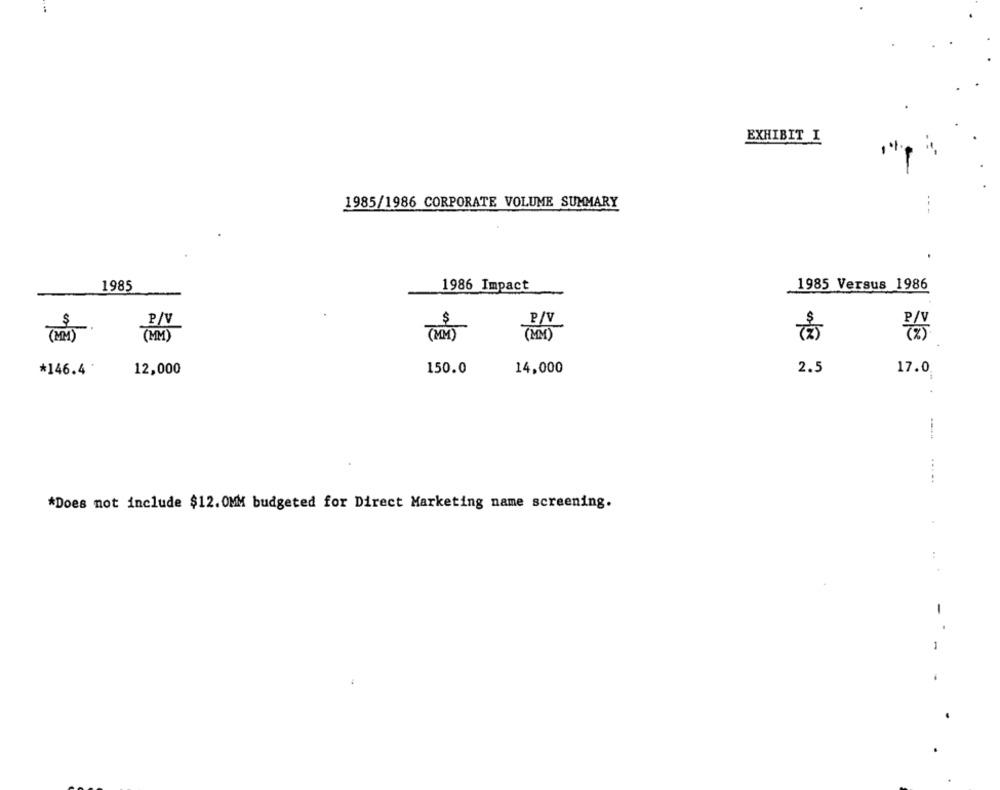
EXHIBIT I
1985/1986 CORPORATE VOLUME SUMMARY
1985
1986 Impact
1985 Versus 1986
$
P/V
$
P/V
-.
(MM )
(MM)
(MM)
(MM)
*146.4 '
12,000
150.0
14,000
2.5
17.0
.....
*Does not include $12. 0MM budgeted for Direct Marketing name screening.
-